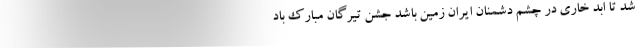
شد تا ابد خاری در چشم دشمنان ایران زمین باشد جشن تیرگان مبارک باد